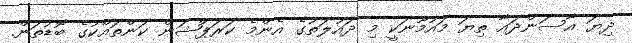
ދިޔަ އާސަންދައާ ތިޔަ މައުމޫނަކީ މި ދައުލަތުގެ އެންމެ ކަރަޕްޝަން ކަންތައްކުގެ ބޮޑުތަން.